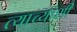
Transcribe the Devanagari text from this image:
त्याच्यांशी